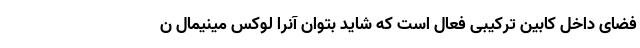
فضای داخل کابین ترکیبی فعال است که شاید بتوان آنرا لوکس مینیمال ن